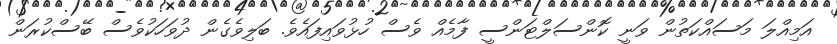
އަމިއްލަ މަސައްކަތުން ވަނީ ކޮންސަލްޓަންސީ ފާމެއް ވެސް ހުޅުވައިފައެވެ. ބަލިވެގެން ދުވަހަކުވެސް ބޭސްކުރަން